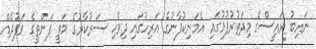
ނައިބު ރައީސްގެ މިދަތުރުފުޅުގައި އެމަނިކުފާނުގެ އަރިހުގައި ދިވެހި ސަރުކާރުގެ މަތީ ފަންތީގެ ވަފުދެއް